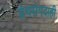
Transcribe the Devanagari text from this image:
ग्रंथसंपदाही